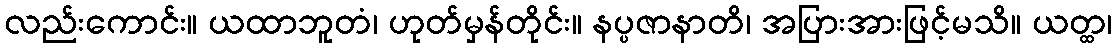
လည်းကောင်း။ ယထာဘူတံ၊ ဟုတ်မှန်တိုင်း။ နပ္ပဇာနာတိ၊ အပြားအားဖြင့်မသိ။ ယတ္ထ၊